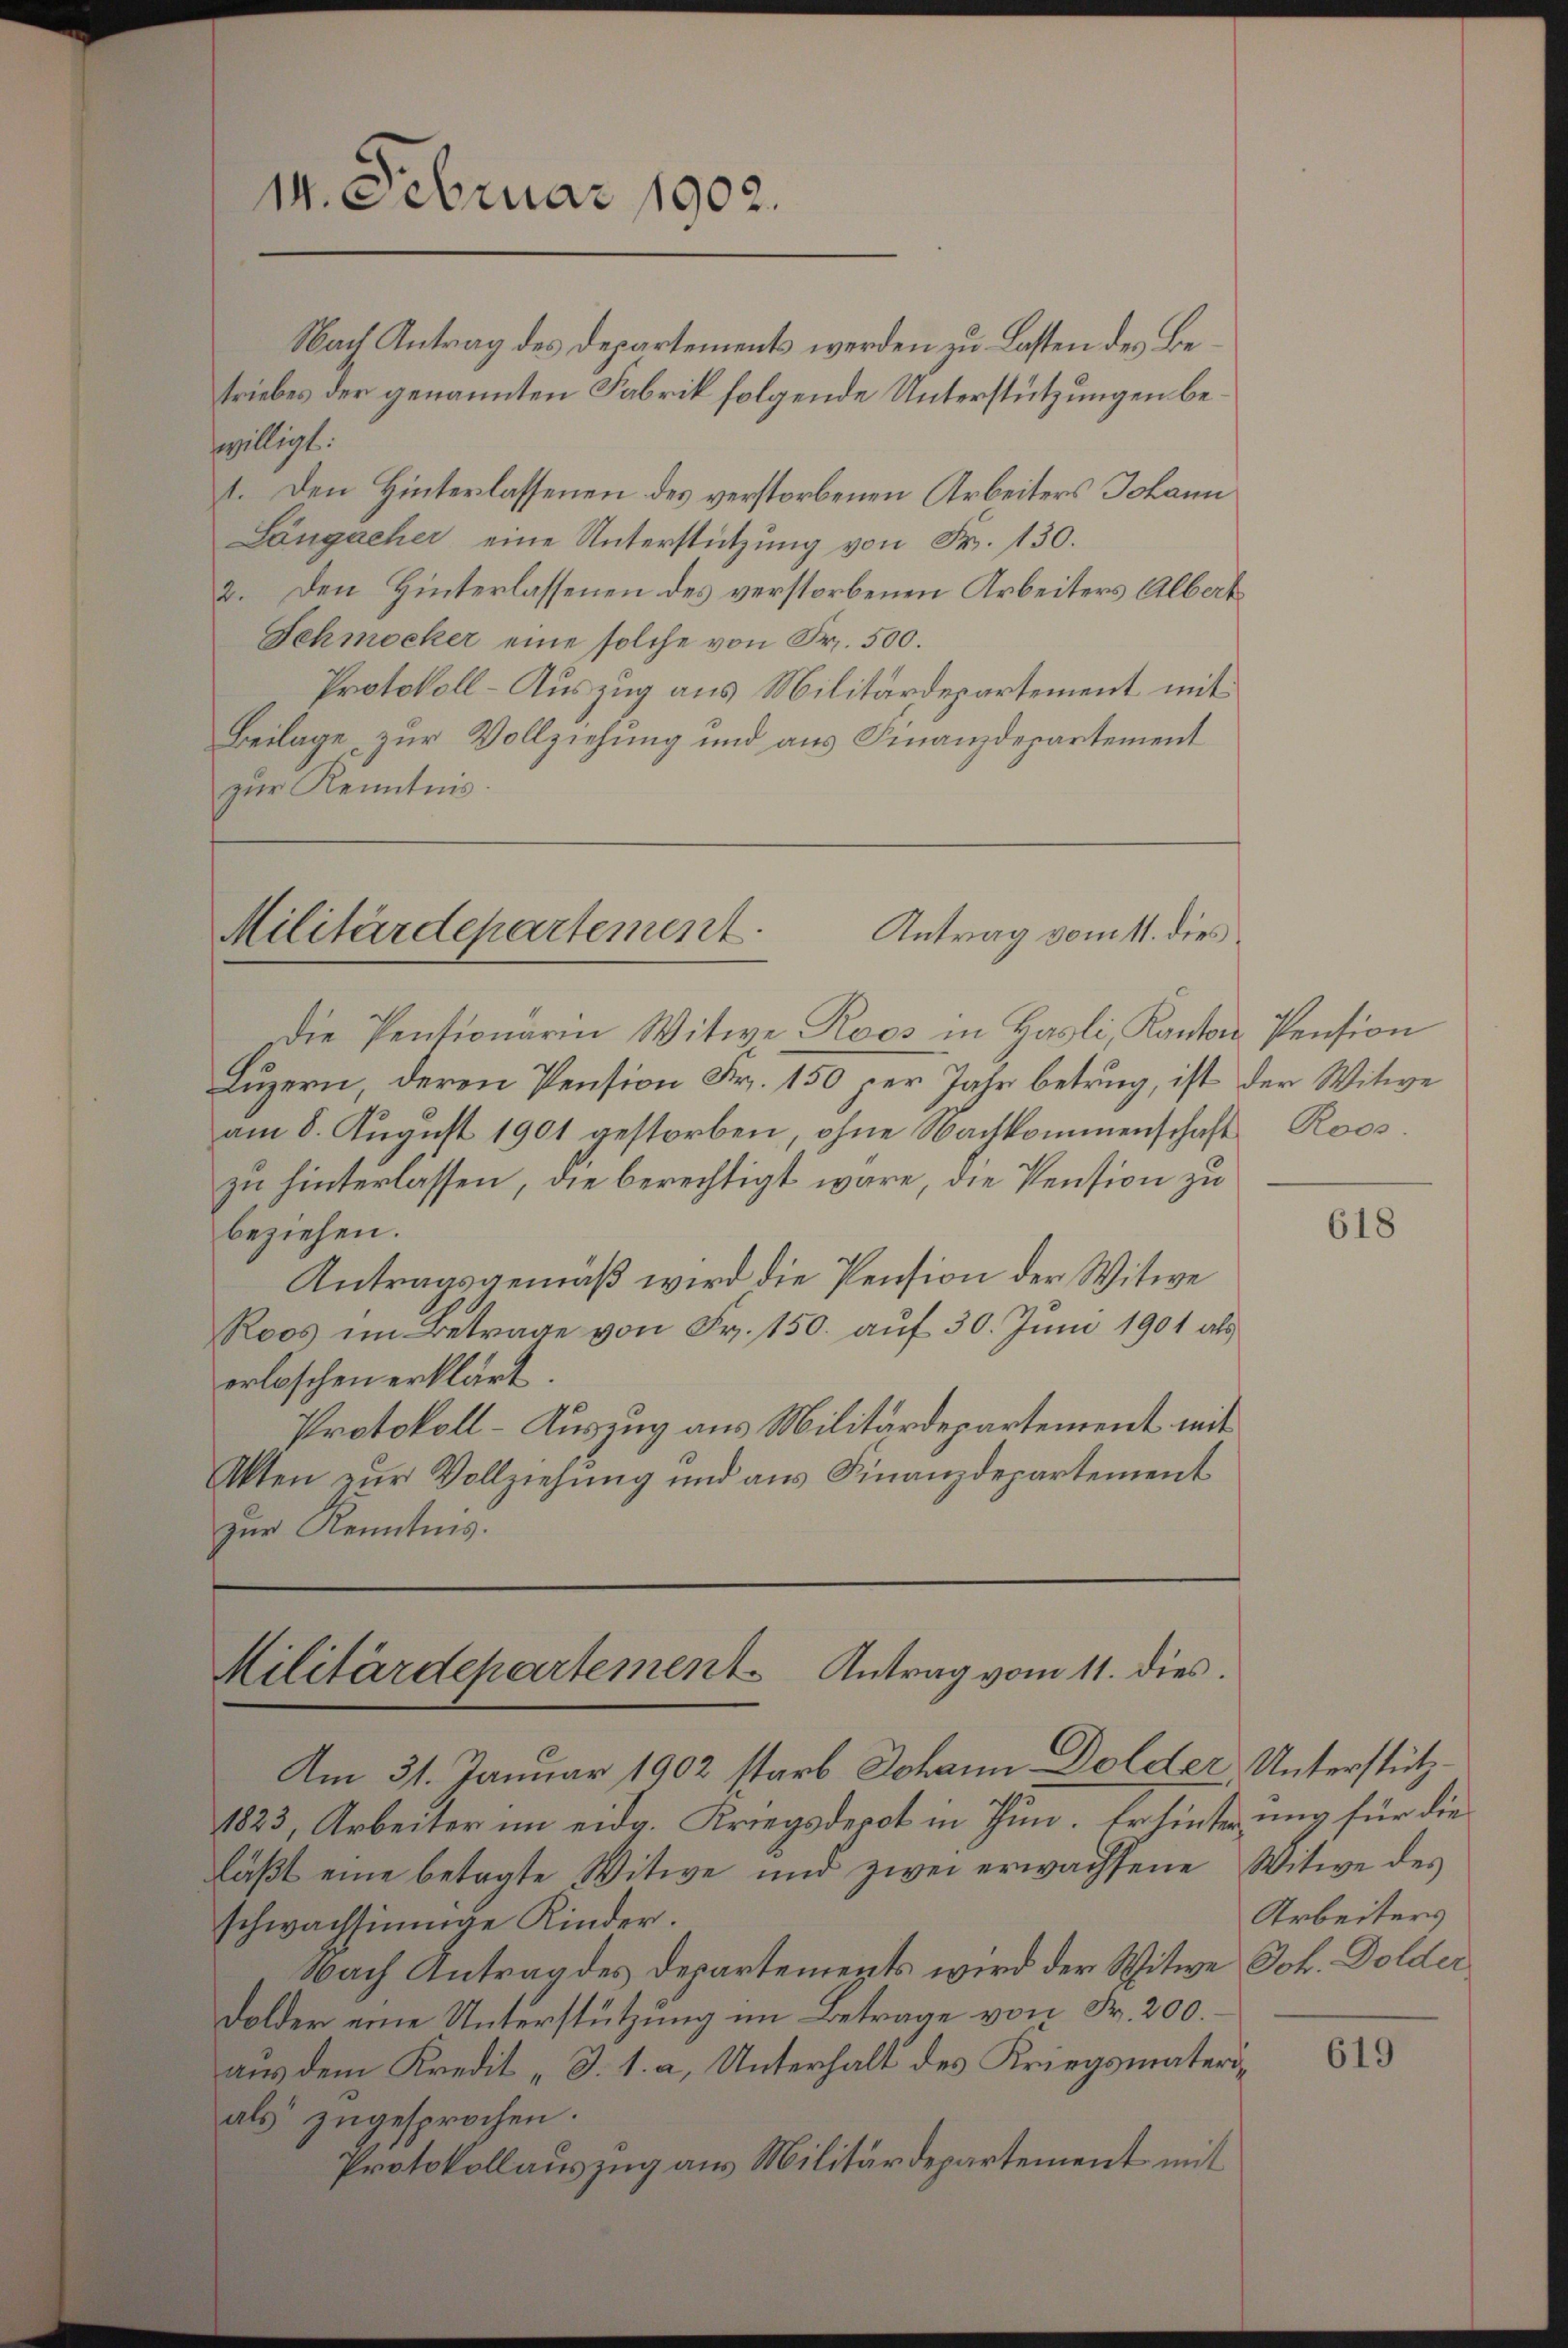
Nach Antrag des Departements werden zu Lasten des Betriebes der genannten Fabrik folgende Unterstützungen beswilligt.
I. Den Hinterlassenen des verstorbenen Arbeiters Johann
Längacher eine Unterstützung von Fr. 130.
2. Den Hinterlassenen des verstorbenen Arbeiters Albert
Schmocker eine solche von Fr. 500.
Protokoll-Auszug aus Militärdepartement mit
Beilage zur Vollziehung und aus Finanzdepartement
zur Kenntnis.

14. Februar 1902.

Antrag vom 11. dies
Militärdepartement

Die Pensionarin Witwe Roos in Hasli, Kanton Pension
Luzern, deren Pension Fr. 150 per Jahr betrug, ist der Witwe
am 8. August 1901 gestorben, ohne Nachkommenschaft Roos
zu hinterlassen, die berechtigt wäre, die Pension zu
beziehen.
Antragsgemäß wird die Pension der Witwe
Roos im Betrage von Fr. 150. auf 30. Juni 1901 als
erloschen erklärt.
Protokoll-Auszug aus Militärdepartement mit
Akten zŭr Vollziehung und ans Finanzdepartement
zur Kenntnis.

Militärdepartement Antrag vom 11. dies
Am 31. Januar 1902 starb Johann Dolder, Unterstütz¬

1823, Arbeiter im eidg. Kriegsdepot in Thun. Er hinterung für die
läβt eine betagte Witwe und zwei erwachsene Witwe des
schwachsinnige Kinder.
Nach Antrag des Departements wird der Witwe Joh. Dolder
Dolder eine Unterstützung im Betrage von Fr. 200.
aus dem Kredit „S. 1. a, Unterhalt des Kriegsmaterials zugesprochen.
Protokollauszug aus Militärdepartement mit

618

Arbeiters

619